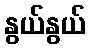
နွယ်နွယ်